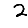
Digit: 2